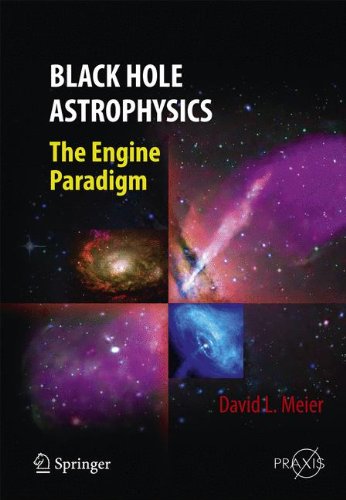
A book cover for Black Hole Astrophysics: The Engine Paradigm (Springer Praxis Books); David L. Meier; Science & Math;